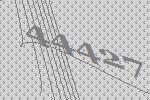
44427